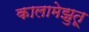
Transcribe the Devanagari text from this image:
कालामेझुतू